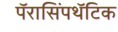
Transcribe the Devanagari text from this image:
पॅरासिंपथॅटिक